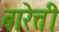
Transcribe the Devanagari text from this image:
बारेत्ती